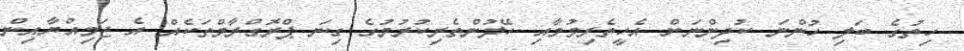
ހިތުގެ ބަލި ހުންނަ ކުދިންނަށް އެހީތެރިވުމާއި ހޭލުންތެރިކުރުމުގެ ގިނަ ޕްރޮގްރާމްތަކެއް އެ ޖަމިއްޔާއިން